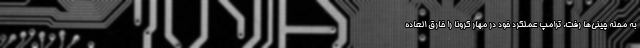
به محله چینی‌ها رفت. ترامپ عملکرد خود در مهار کرونا را خارق العاده